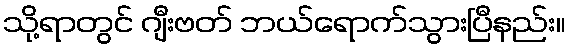
သို့ရာတွင် ဂျီးဗတ် ဘယ်ရောက်သွားပြီနည်း။